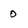
Character: 0